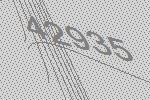
42935